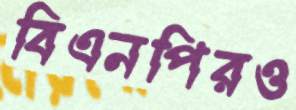
বিএনপিরও